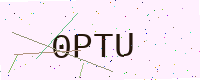
Text: 0PTU